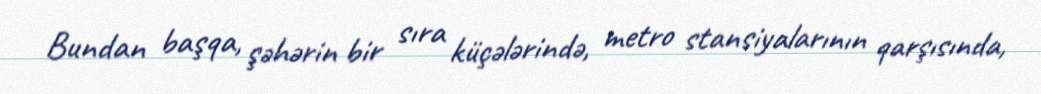
Bundan başqa, şəhərin bir sıra küçələrində, metro stansiyalarının qarşısında,